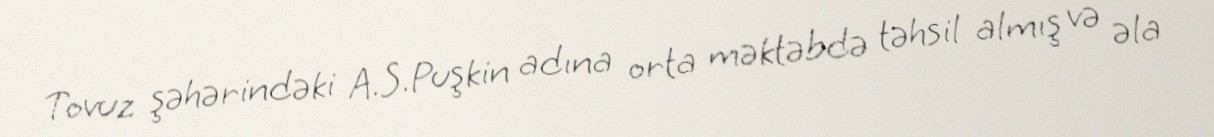
Tovuz şəhərindəki A.S.Puşkin adına orta məktəbdə təhsil almış və əla